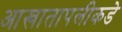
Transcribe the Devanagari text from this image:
आखातापलीकडे